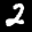
Label: 2